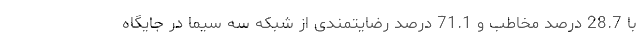
با 28.7 درصد مخاطب و 71.1 درصد رضایتمندی از شبکه سه سیما در جایگاه